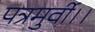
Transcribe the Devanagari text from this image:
पत्रमुर्वी।।